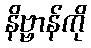
နိဗ္ဗာန်ကို